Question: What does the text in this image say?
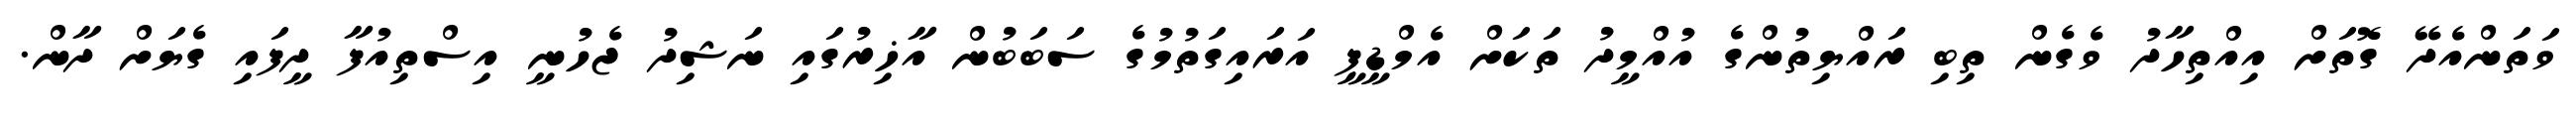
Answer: ވަތަންއެދޭ ގޮތަށް އިއްތިހާދު ވެގެން ތިބި ރައްޔިތުންގެ އުއްމީދު ތަކަށް އެމްޑީޕީ އަރައިގަތުމުގެ ސަބަބުން އާޚިރުގައި ނަޝިދު ޖެހުނީ އިސްތިއުފާ ދީފައި ގެޔަށް ދާން.